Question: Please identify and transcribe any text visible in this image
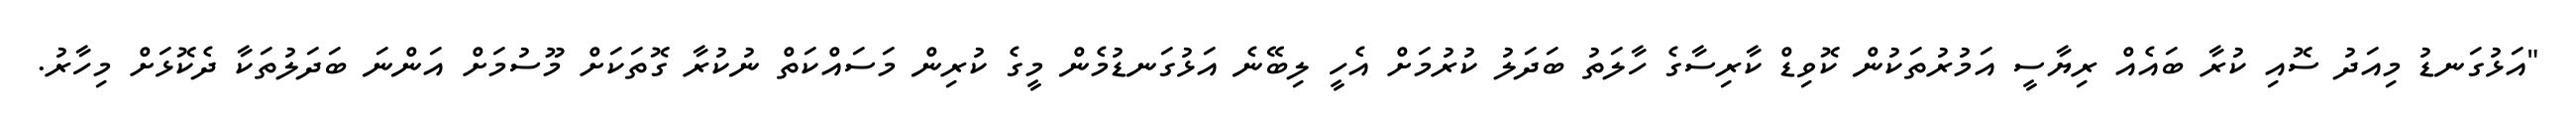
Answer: "އަޅުގަނޑު މިއަދު ސޮއި ކުރާ ބައެއް ރިޔާސީ އަމުރުތަކުން ކޮވިޑް ކާރިސާގެ ހާލަތު ބަދަލު ކުރުމަށް އެހީ ލިބޭނެ އަޅުގަނޑުމެން މީގެ ކުރިން މަސައްކަތް ނުކުރާ ގޮތަކަށް މޫސުމަށް އަންނަ ބަދަލުތަކާ ދެކޮޅަށް މިހާރު.